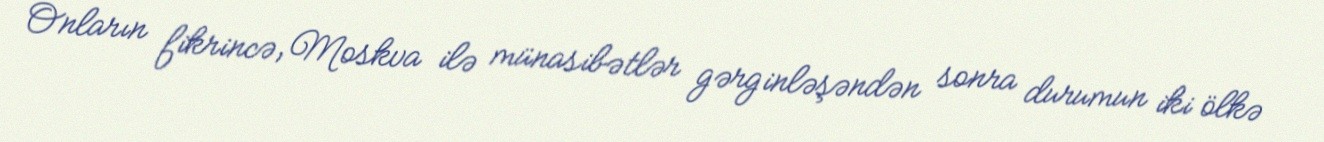
Onların fikrincə, Moskva ilə münasibətlər gərginləşəndən sonra durumun iki ölkə